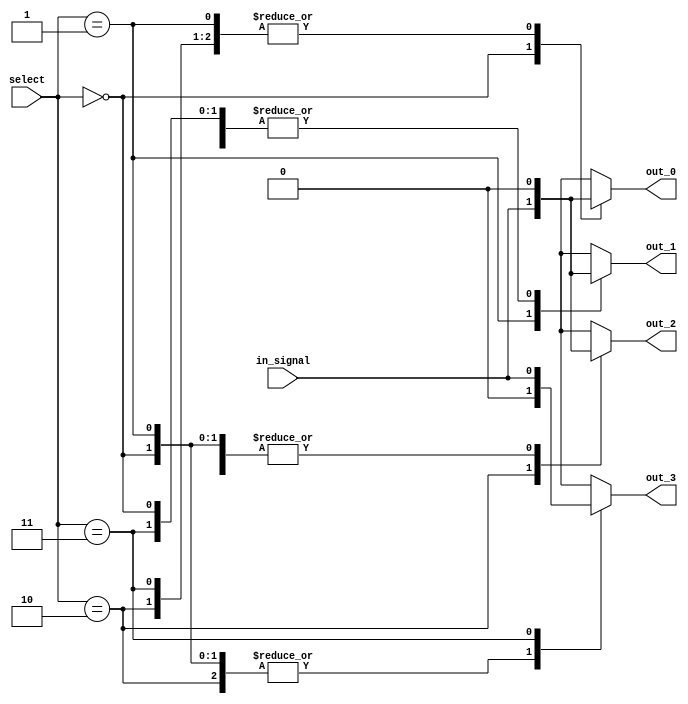
module demux_2to4 (
    input wire [1:0] select,
    input wire in_signal,
    output reg out_0,
    output reg out_1,
    output reg out_2,
    output reg out_3
);

always @(*)
begin
    case(select)
        2'b00: begin
            out_0 = in_signal;
            out_1 = 1'b0;
            out_2 = 1'b0;
            out_3 = 1'b0;
        end
        2'b01: begin
            out_0 = 1'b0;
            out_1 = in_signal;
            out_2 = 1'b0;
            out_3 = 1'b0;
        end
        2'b10: begin
            out_0 = 1'b0;
            out_1 = 1'b0;
            out_2 = in_signal;
            out_3 = 1'b0;
        end
        2'b11: begin
            out_0 = 1'b0;
            out_1 = 1'b0;
            out_2 = 1'b0;
            out_3 = in_signal;
        end
    endcase
end

endmodule